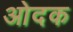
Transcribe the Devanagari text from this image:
ओदक